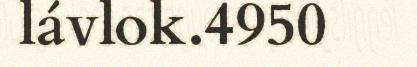
lávlok.4950